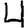
Digit: 4